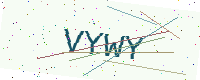
Text: VYWY